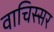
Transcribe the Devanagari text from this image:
वाचिस्सर